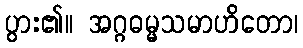
ပွား၏။ အဂ္ဂဓမ္မသမာဟိတော၊